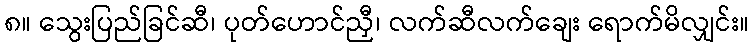
၈။ သွေးပြည်ခြင်ဆီ၊ ပုတ်ဟောင်ညှီ၊ လက်ဆီလက်ချေး ရောက်မိလျှင်း။